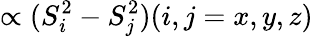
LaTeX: \propto(S_{i}^{2}-S_{j}^{2})(i,j=x,y,z)